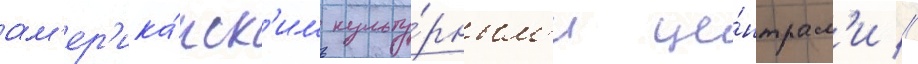
ам'ер'ика́нск'им культу́рным'и це́нтрам'и //